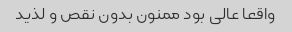
واقعا عالی بود ممنون بدون نقص و لذید